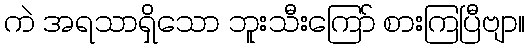
ကဲ အရသာရှိသော ဘူးသီးကြော် စားကြပြီဗျာ။